Report on vaccination in Madras 1877-1894 - 1877-1894
Year: 1877
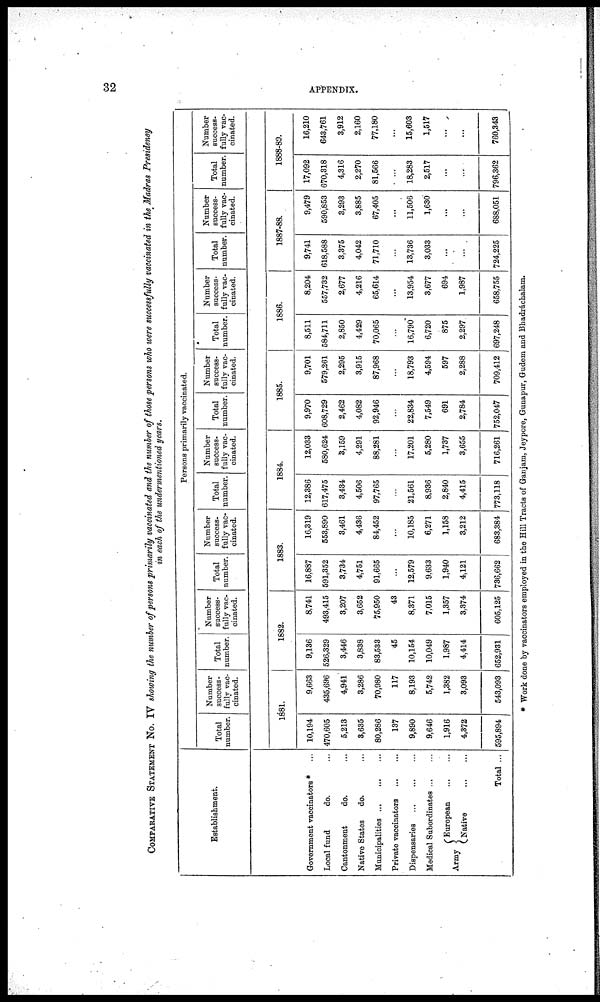
32
APPENDIX.
COMPARATIVE STATEMENT NO. IV showing the number of persons primarily vaccinated and the number of those persons who were successfully vaccinated in the Madras Presidency
in each of the undermentioned years.
Establishment.
Government vaccinators * ...
Local fund
do. ...
Cantonment
do. ...
Native States
do. ...
Municipalities
...
...
...
Private vaccinators
...
...
Dispensaries
...
...
...
Medical Subordinates
...
...
Army
European
...
...
Native
...
...
Total ...
Persons primarily vaccinated.
Total
number.
Number
success-
fully vac-
cinated.
Total
number.
Number
success-
fully vac-
cinated.
Total
number.
Number
success-
fully vac-
cinated.
Total
number.
Number
success-
fully vac-
cinated.
Total
number.
Number
success-
fully vac¬
cinated.
Total
number.
Number
success-
fully vac-
cinated.
Total
number.
Number
success-
fully vac¬
cinated.
Total
number.
Number
success-
fully vac-
cinated.
1881.
10,194
470,605
5,213
3,635
80,286
137
9,890
9,646
1,916
4,372
595,894
9,663
435,696
4,941
3,286
70,980
117
8,193
5,742
1,382
3,093
543,093
1882.
9,136
526,329
3,446
3,838
83,533
45
10,154
10,049
1,987
4,414
652,931
8,741
493,415
3,207
3,652
75,950
43
8,371
7,015
1,357
3,374
605,125
1883.
16,887
591,352
3,734
4,751
91,665
...
12,579
9,633
1,940
4,121
736,662
16,319
553,890
3,461
4,436
84,452
...
10,185
6,271
1,158
3,212
683,384
1884.
12,386
617,475
3,434
4,506
97,765
...
21,561
8,936
2,840
4,415
773,118
12,033
580,624
3,159
4,291
88,281
...
17,201
5,280
1,737
3,655
716,261
1885.
9,970
608,729
2,462
4,082
92,946
...
22,834
7,549
691
2,784
752,047
9,701
579,261
2,295
3,915
87,968
...
18,793
4,594
597
2,288
709,412
1886.
8,511
584,711
2,850
4,429
70,065
...
16,790
6,720
875
2,297
697,248
8,204
557,732
2,677
4,216
65,614
...
13,954
3,677
694
1,987
658,755
1887-88.
9,741
618,588
3,375
4,042
71,710
...
13,736
3,033
...
...
724,225
9,479
590,853
3,293
3,885
67,405
...
11,506
1,630
...
...
688,051
1888-89.
17,092
670,318
4,316
2,270
81,566
...
18,283
2,517
...
...
796,362
16,210
643,761
3,912
2,160
77,180
...
15,603
1,517
...
...
760,343
* Work done by vaccinators employed in the Hill Tracts of Ganjam, Jeypore, Gunapur, Gudem and Bhadráchalam.